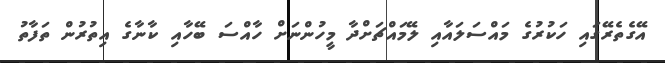
އޭގެތެރޭގައި ހަކުރުގެ މައްސަލައާއި ލޭމައްޗަށްދާ މީހުންނަށް ހާއްސަ ބޭހާއި ކާނާގެ އިތުރުން ތަފާތު